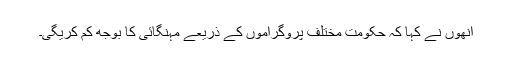
انھوں نے کہا کہ حکومت مختلف پروگراموں کے ذریعے مہنگائی کا بوجھ کم کریگی۔